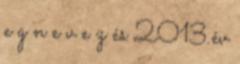
e g n e v e z és 2013.év